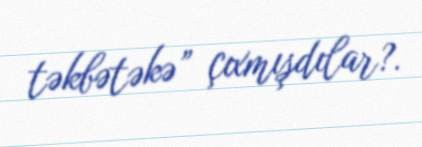
təkbətəkə” çıxmışdılar?.